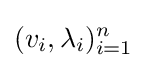
(v_{i},\lambda _{i})_{i=1}^{n}